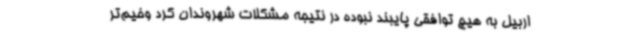
اربیل به هیچ توافقی پایبند نبوده در نتیجه مشکلات شهروندان کرد وخیم‌تر